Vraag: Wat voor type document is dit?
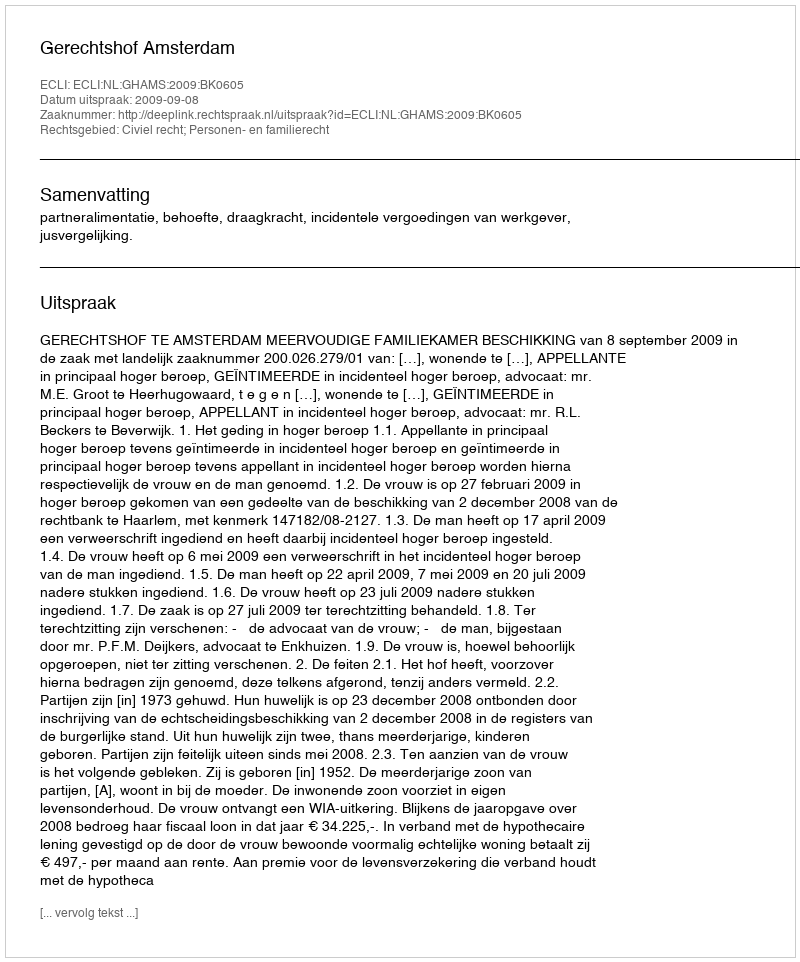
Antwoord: Uitspraak